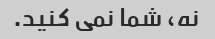
نه، شما نمی کنید.